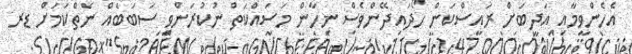
އެހެންވީމާއި އަދީބަށް ރައީސްކަން ހޯދައިދޭންވެސް ނިހާން މަސައްކަތް ނުކުރަންވީ ސަބަބެއް ނެތްކަމަށް ޑރ